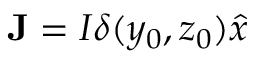
\mathbf { J } = I \delta ( y _ { 0 } , z _ { 0 } ) \hat { x }